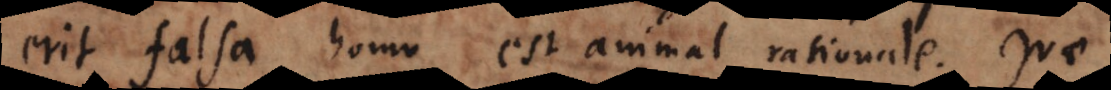
erit falsa homo est animal rationale. Quae